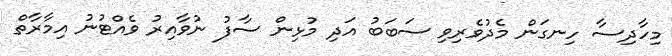
މިހާދިސާ ހިނގަން މެދުވެރިވި ސަބަބު އަދި މުޅިން ސާފު ނުވާއިރު ވެއްޓުނު އިމާރާތް